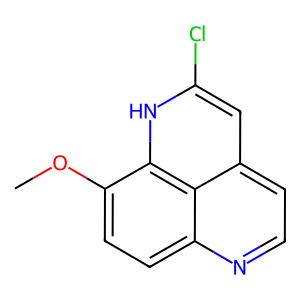
SMILES: COc1ccc2nccc3cc(Cl)[nH]c1c32
Inhibits HIV replication: No